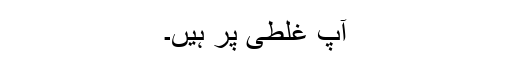
آپ غلطی پر ہیں۔